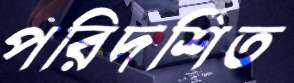
পরিদর্শিত